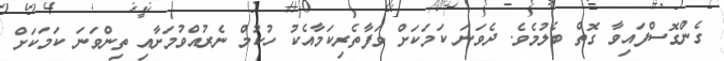
ގެންގޮސްފައިވާ ގޮތް ބެލުމެވެ. ދެވަނަ ކަމަކަށް ވަފާތެރިކަމާއެކު ހުކުމް ނެރުއްވުމަށާއި ތިންވަނަ ކަމަކަށް